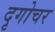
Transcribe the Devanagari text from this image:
दृगोचर